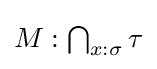
{\textstyle M:\bigcap _{x:\sigma }\tau }